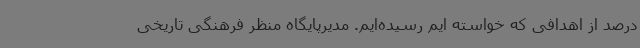
درصد از اهدافی که خواسته ایم رسیده‌ایم. مدیرپایگاه منظر فرهنگی تاریخی